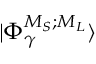
\ensuremath { \vert { \Phi } _ { \gamma } ^ { { M } _ { S } ; { M } _ { L } } \rangle }